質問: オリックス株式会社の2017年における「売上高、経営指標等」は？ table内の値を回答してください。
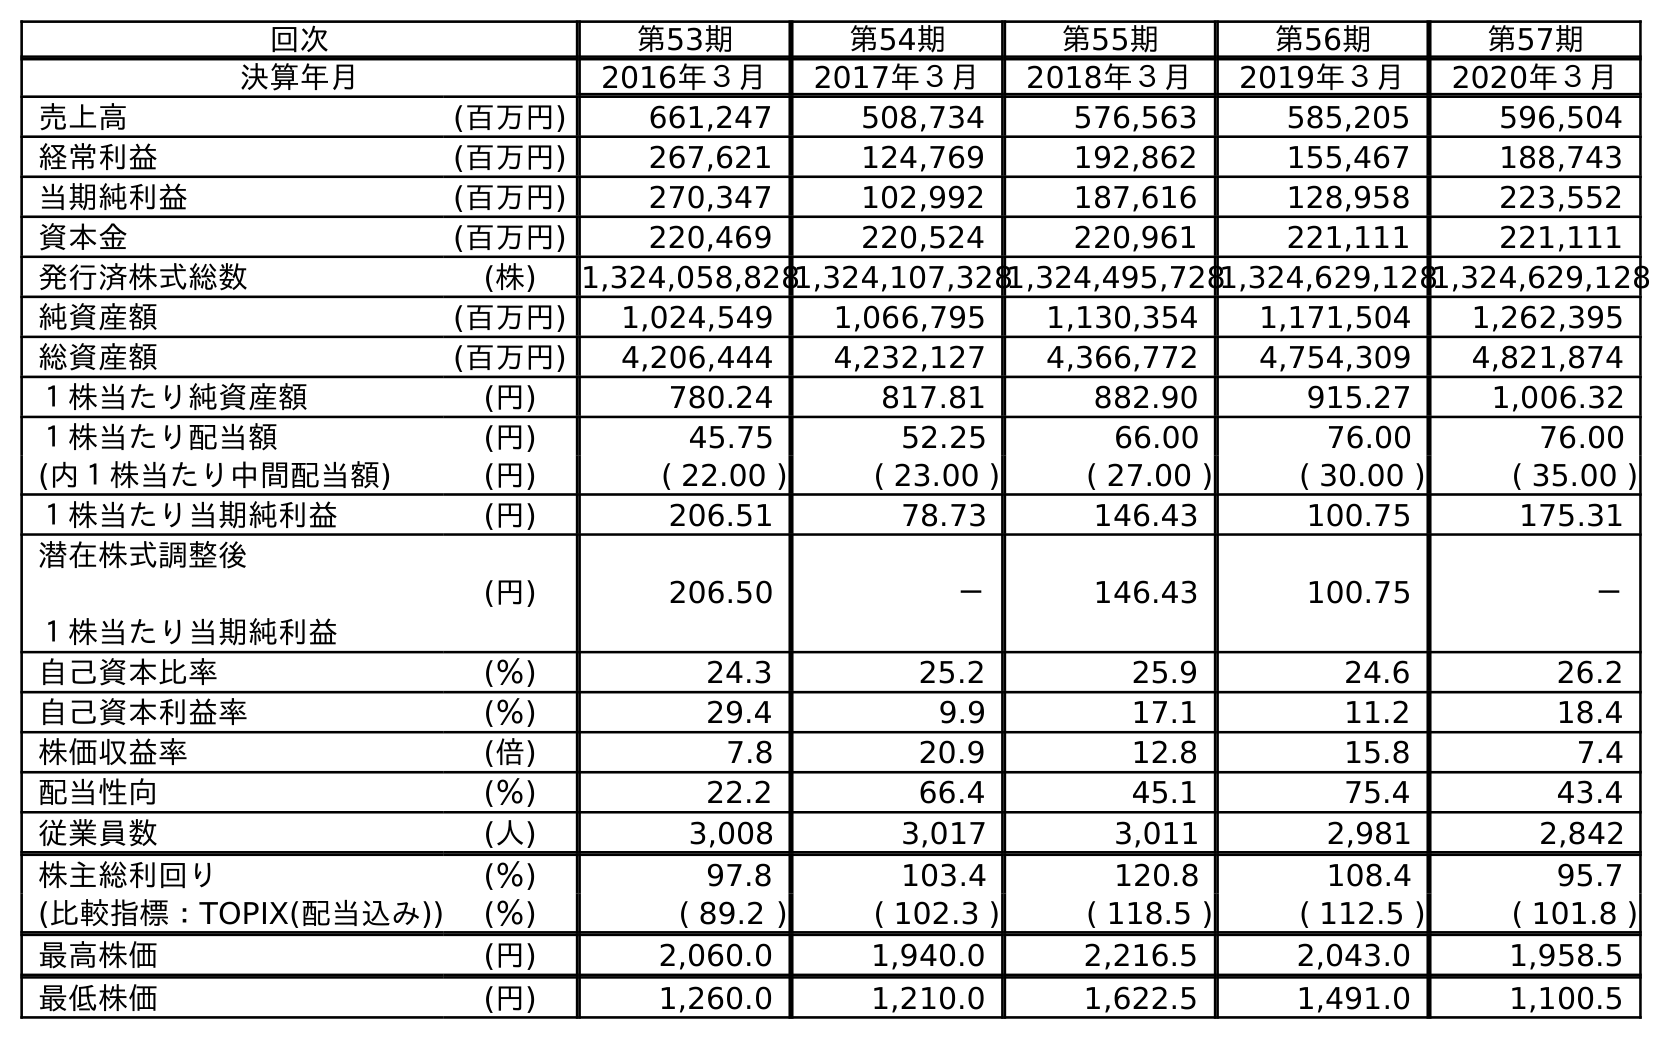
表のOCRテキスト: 回次 第53期 第54期 第55期 第56期 第57期 決算年月 2016年３月 2017年３月 2018年３月 2019年３月 2020年３月 売上高 (百万円) 661,247 508,734 576,563 585,205 596,504 経常利益 (百万円) 267,621 124,769 192,862 155,467 188,743 当期純利益 (百万円) 270,347 102,992 187,616 128,958 223,552 資本金 (百万円) 220,469 220,524 220,961 221,111 221,111 発行済株式総数 (株) 1,324,058,8281,324,107,3281,324,495,7281,324,629,1281,324,629,128 純資産額 (百万円) 1,024,549 1,066,795 1,130,354 1,171,504 1,262,395 総資産額 (百万円) 4,206,444 4,232,127 4,366,772 4,754,309 4,821,874 １株当たり純資産額 (円) 780.24 817.81 882.90 915.27 1,006.32 １株当たり配当額 (円) 45.75 52.25 66.00 76.00 76.00 (内１株当たり中間配当額) (円) ( 22.00 ) ( 23.00 ) ( 27.00 ) ( 30.00 ) ( 35.00 ) １株当たり当期純利益 (円) 206.51 78.73 146.43 100.75 175.31 潜在株式調整後 １株当たり当期純利益 (円) 206.50 － 146.43 100.75 － 自己資本比率 (％) 24.3 25.2 25.9 24.6 26.2 自己資本利益率 (％) 29.4 9.9 17.1 11.2 18.4 株価収益率 (倍) 7.8 20.9 12.8 15.8 7.4 配当性向 (％) 22.2 66.4 45.1 75.4 43.4 従業員数 (人) 3,008 3,017 3,011 2,981 2,842 株主総利回り (％) 97.8 103.4 120.8 108.4 95.7 (比較指標：TOPIX(配当込み)) (％) ( 89.2 ) ( 102.3 ) ( 118.5 ) ( 112.5 ) ( 101.8 ) 最高株価 (円) 2,060.0 1,940.0 2,216.5 2,043.0 1,958.5 最低株価 (円) 1,260.0 1,210.0 1,622.5 1,491.0 1,100.5
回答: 508,734